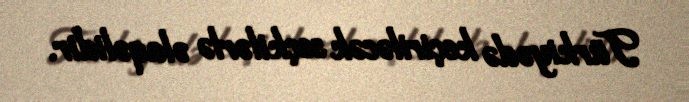
Türkiyədə keçiriləcək seçkilərlə əlaqəlidir.